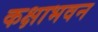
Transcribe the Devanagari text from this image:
कक्षाभवन